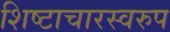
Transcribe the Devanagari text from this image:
शिष्टाचारस्वरुप